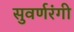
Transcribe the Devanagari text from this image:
सुवर्णरंगी